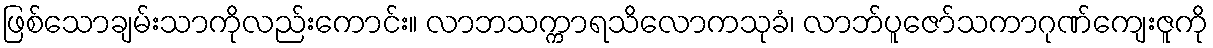
ဖြစ်သောချမ်းသာကိုလည်းကောင်း။ လာဘသက္ကာရသိလောကသုခံ၊ လာဘ်ပူဇော်သကာဂုဏ်ကျေးဇူကို